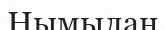
Нымылан